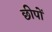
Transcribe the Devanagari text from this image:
छीपों